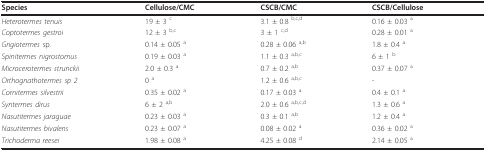
<table><thead><tr><td><b>Species</b></td><td><b>Cellulose/CMC</b></td><td><b>CSCB/CMC</b></td><td><b>CSCB/Cellulose</b></td></tr></thead><tbody><tr><td><i>Heterotermes tenuis</i></td><td>19 ± 3 <sup>c</sup></td><td>3.1 ± 0.8 <sup>b,c,d</sup></td><td>0.16 ± 0.03 <sup>a</sup></td></tr><tr><td><i>Coptotermes gestroi</i></td><td>12 ± 3 <sup>b,c</sup></td><td>3 ± 1 <sup>c,d</sup></td><td>0.28 ± 0.01 <sup>a</sup></td></tr><tr><td><i>Grigiotermes </i>sp.</td><td>0.14 ± 0.05 <sup>a</sup></td><td>0.28 ± 0.06 <sup>a,b</sup></td><td>1.8 ± 0.4 <sup>a</sup></td></tr><tr><td><i>Spinitermes nigrostomus</i></td><td>0.19 ± 0.03 <sup>a</sup></td><td>1.1 ± 0.3 <sup>a,b,c</sup></td><td>6 ± 1 <sup>b</sup></td></tr><tr><td><i>Microcerotermes strunckii</i></td><td>2.0 ± 0.3 <sup>a</sup></td><td>0.7 ± 0.2 <sup>a,b</sup></td><td>0.37 ± 0.07 <sup>a</sup></td></tr><tr><td><i>Orthognathotermes sp 2</i></td><td>0 <sup>a</sup></td><td>1.2 ± 0.6 <sup>a,b,c</sup></td><td>-</td></tr><tr><td><i>Cornitermes silvestrii</i></td><td>0.35 ± 0.02 <sup>a</sup></td><td>0.17 ± 0.03 <sup>a</sup></td><td>0.4 ± 0.1 <sup>a</sup></td></tr><tr><td><i>Syntermes dirus</i></td><td>6 ± 2 <sup>a,b</sup></td><td>2.0 ± 0.6 <sup>a,b,c,d</sup></td><td>1.3 ± 0.6 <sup>a</sup></td></tr><tr><td><i>Nasutitermes jaraguae</i></td><td>0.23 ± 0.03 <sup>a</sup></td><td>0.3 ± 0.1 <sup>a,b</sup></td><td>1.2 ± 0.4 <sup>a</sup></td></tr><tr><td><i>Nasutitermes bivalens</i></td><td>0.23 ± 0.07 <sup>a</sup></td><td>0.08 ± 0.02 <sup>a</sup></td><td>0.36 ± 0.02 <sup>a</sup></td></tr><tr><td><i>Trichoderma reesei</i></td><td>1.98 ± 0.08 <sup>a</sup></td><td>4.25 ± 0.08 <sup>d</sup></td><td>2.14 ± 0.05 <sup>a</sup></td></tr></tbody></table>